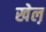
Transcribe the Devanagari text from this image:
खेल़